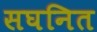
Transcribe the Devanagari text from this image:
सघनित